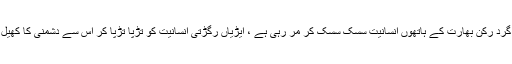
کشمیر میں دہشت گرد رکن بھارت کے ہاتھوں انسانیت سسک سسک کر مر رہی ہے ، ایڑیاں رگڑتی انسانیت کو تڑپا تڑپا کر اس سے دشمنی کا کھیل کھیلا جا رہا ہے ۔